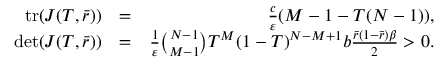
\begin{array} { r l r } { \mathrm { t r } ( J ( T , \bar { r } ) ) } & { = } & { \frac { c } { \varepsilon } ( M - 1 - T ( N - 1 ) ) , } \\ { \mathrm { d e t } ( J ( T , \bar { r } ) ) } & { = } & { \frac { 1 } { \varepsilon } \binom { N - 1 } { M - 1 } T ^ { M } ( 1 - T ) ^ { N - M + 1 } b \frac { \bar { r } ( 1 - \bar { r } ) \beta } { 2 } > 0 . } \end{array}